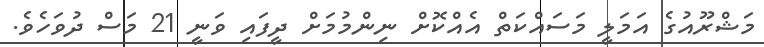
މަޝްރޫއުގެ އަމަލީ މަސައްކަތް އެއްކޮށް ނިންމުމަށް ދީފައި ވަނީ 21 މަސް ދުވަހެވެ.